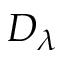
D _ { \lambda }